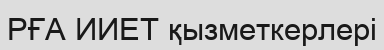
РҒА ИИЕТ қызметкерлері